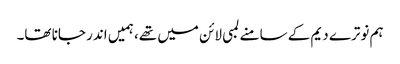
ہم نوترے دیم کے سامنے لمبی لائن میں تھے، ہمیں اندر جانا تھا۔